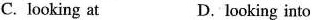
C.looking at D.looking into